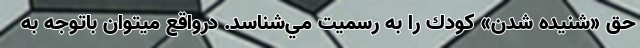
حق «شنيده شدن» كودك را به رسميت مي‌شناسد. درواقع ميتوان باتوجه به